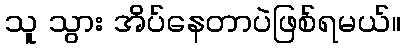
သူ သွား အိပ်နေတာပဲဖြစ်ရမယ်။